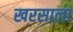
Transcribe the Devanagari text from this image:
खरसाला